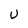
Character: U